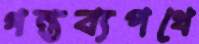
গন্তব্যপথে